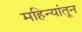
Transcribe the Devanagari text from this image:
महिन्‍यांतून